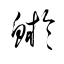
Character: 鯲